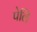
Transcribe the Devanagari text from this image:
पेलि